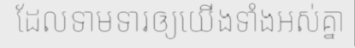
ដែលទាមទារឲ្យយើងទាំងអស់គ្នា